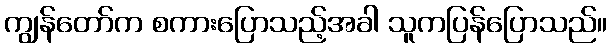
ကျွန်တော်က စကားပြောသည့်အခါ သူကပြန်ပြောသည်။